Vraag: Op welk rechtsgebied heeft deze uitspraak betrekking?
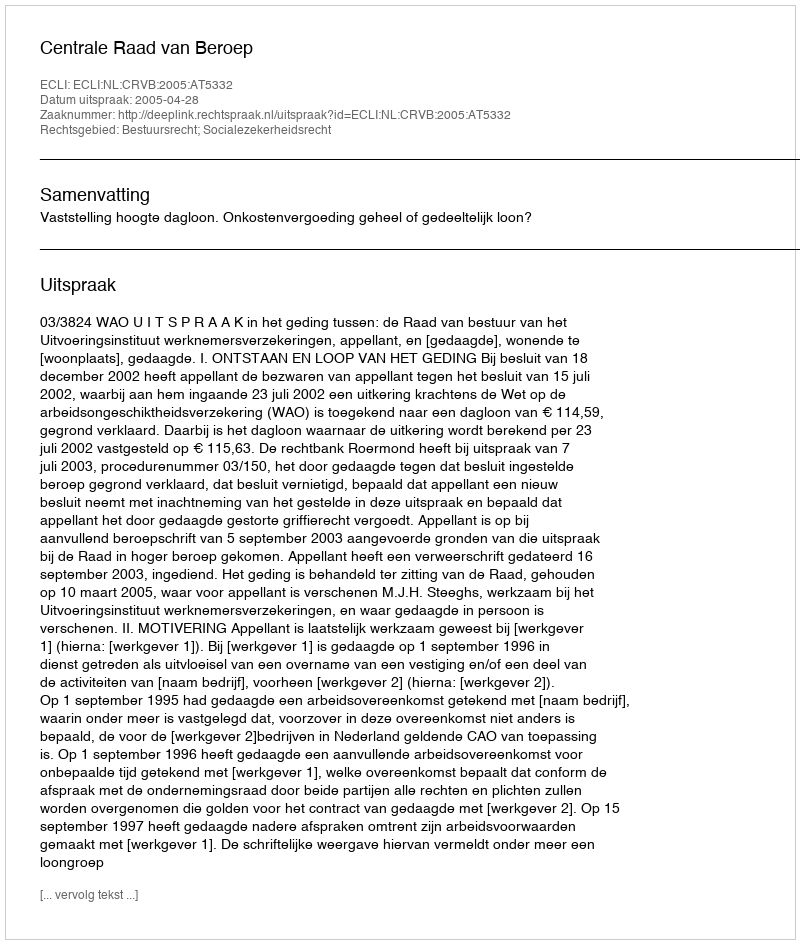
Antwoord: Bestuursrecht; Socialezekerheidsrecht